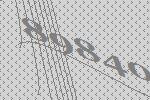
89840